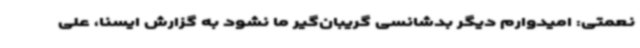
نعمتی: امیدوارم دیگر بدشانسی گریبان‌گیر ما نشود به گزارش ایسنا، علی